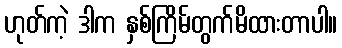
ဟုတ်ကဲ့ ဒါက နှစ်ကြိမ်တွက်မိထားတာပါ။